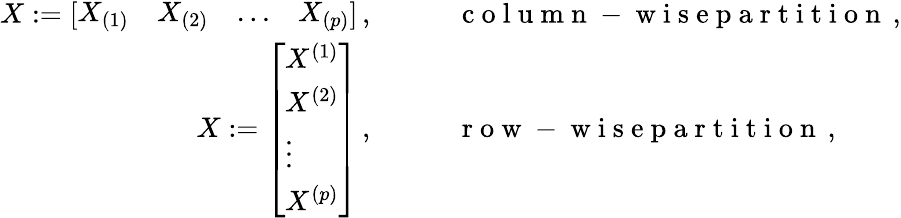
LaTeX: \begin{array}{rl}{X:=\left[\begin{array}{llll}{X_{(1)}}&{X_{(2)}}&{\ldots}&{X_{(p)}}\end{array}\right]\, ,\quad\quad}&{{}\mathrm{~c~o~l~u~m~n~-~w~i~s~e~p~a~r~t~i~t~i~o~n~}\, ,}\\ {X:=\left[\begin{array}{l}{X^{(1)}}\\ {X^{(2)}}\\ {\vdots}\\ {X^{(p)}}\end{array}\right]\, ,\quad\quad}&{{}\mathrm{~r~o~w~-~w~i~s~e~p~a~r~t~i~t~i~o~n~}\, ,}\end{array}